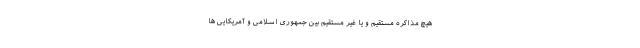
هیچ مذاکره مستقیم و یا غیر مستقیم بین جمهوری اسلامی و آمریکایی ها